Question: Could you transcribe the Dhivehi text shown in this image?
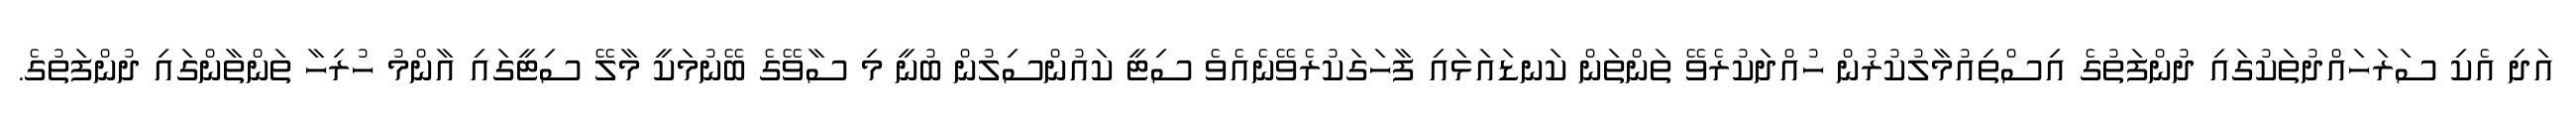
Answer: އަދި އެކި ސަރަހައްދުތަކުގައި ދުންފަތުގެ އިސްތިއުމާލުކުރުން ހުއްދަކުރެވޭ ތަންތަން ކަނޑައަޅައި ފާހަގަކުރެވޭނެއެވެ ސިޓީ ކައުންސިލުން ބުނީ މި ސާވޭގެ ބޭނުމަކީ މާލޭ ސިޓީގައި އާންމު ހުރިހާ ތަންތާންގައި ދުންފަތުގެ.